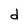
Character: d